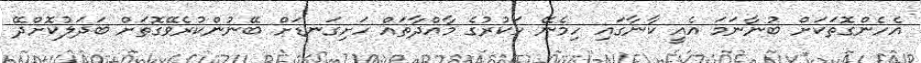
އެހެންގޮތަކަށް ބުނާނަމަ އެއީ ކާނާގައި ހިމެނޭ ހަކުރުގެ މާއްދާތައް ހަށިގަނޑަށް ބޭނުންކުރެވޭގޮތަށް ބަދަލުކޮށްދޭ